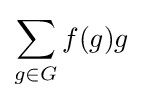
\sum _{g\in G}f(g)g